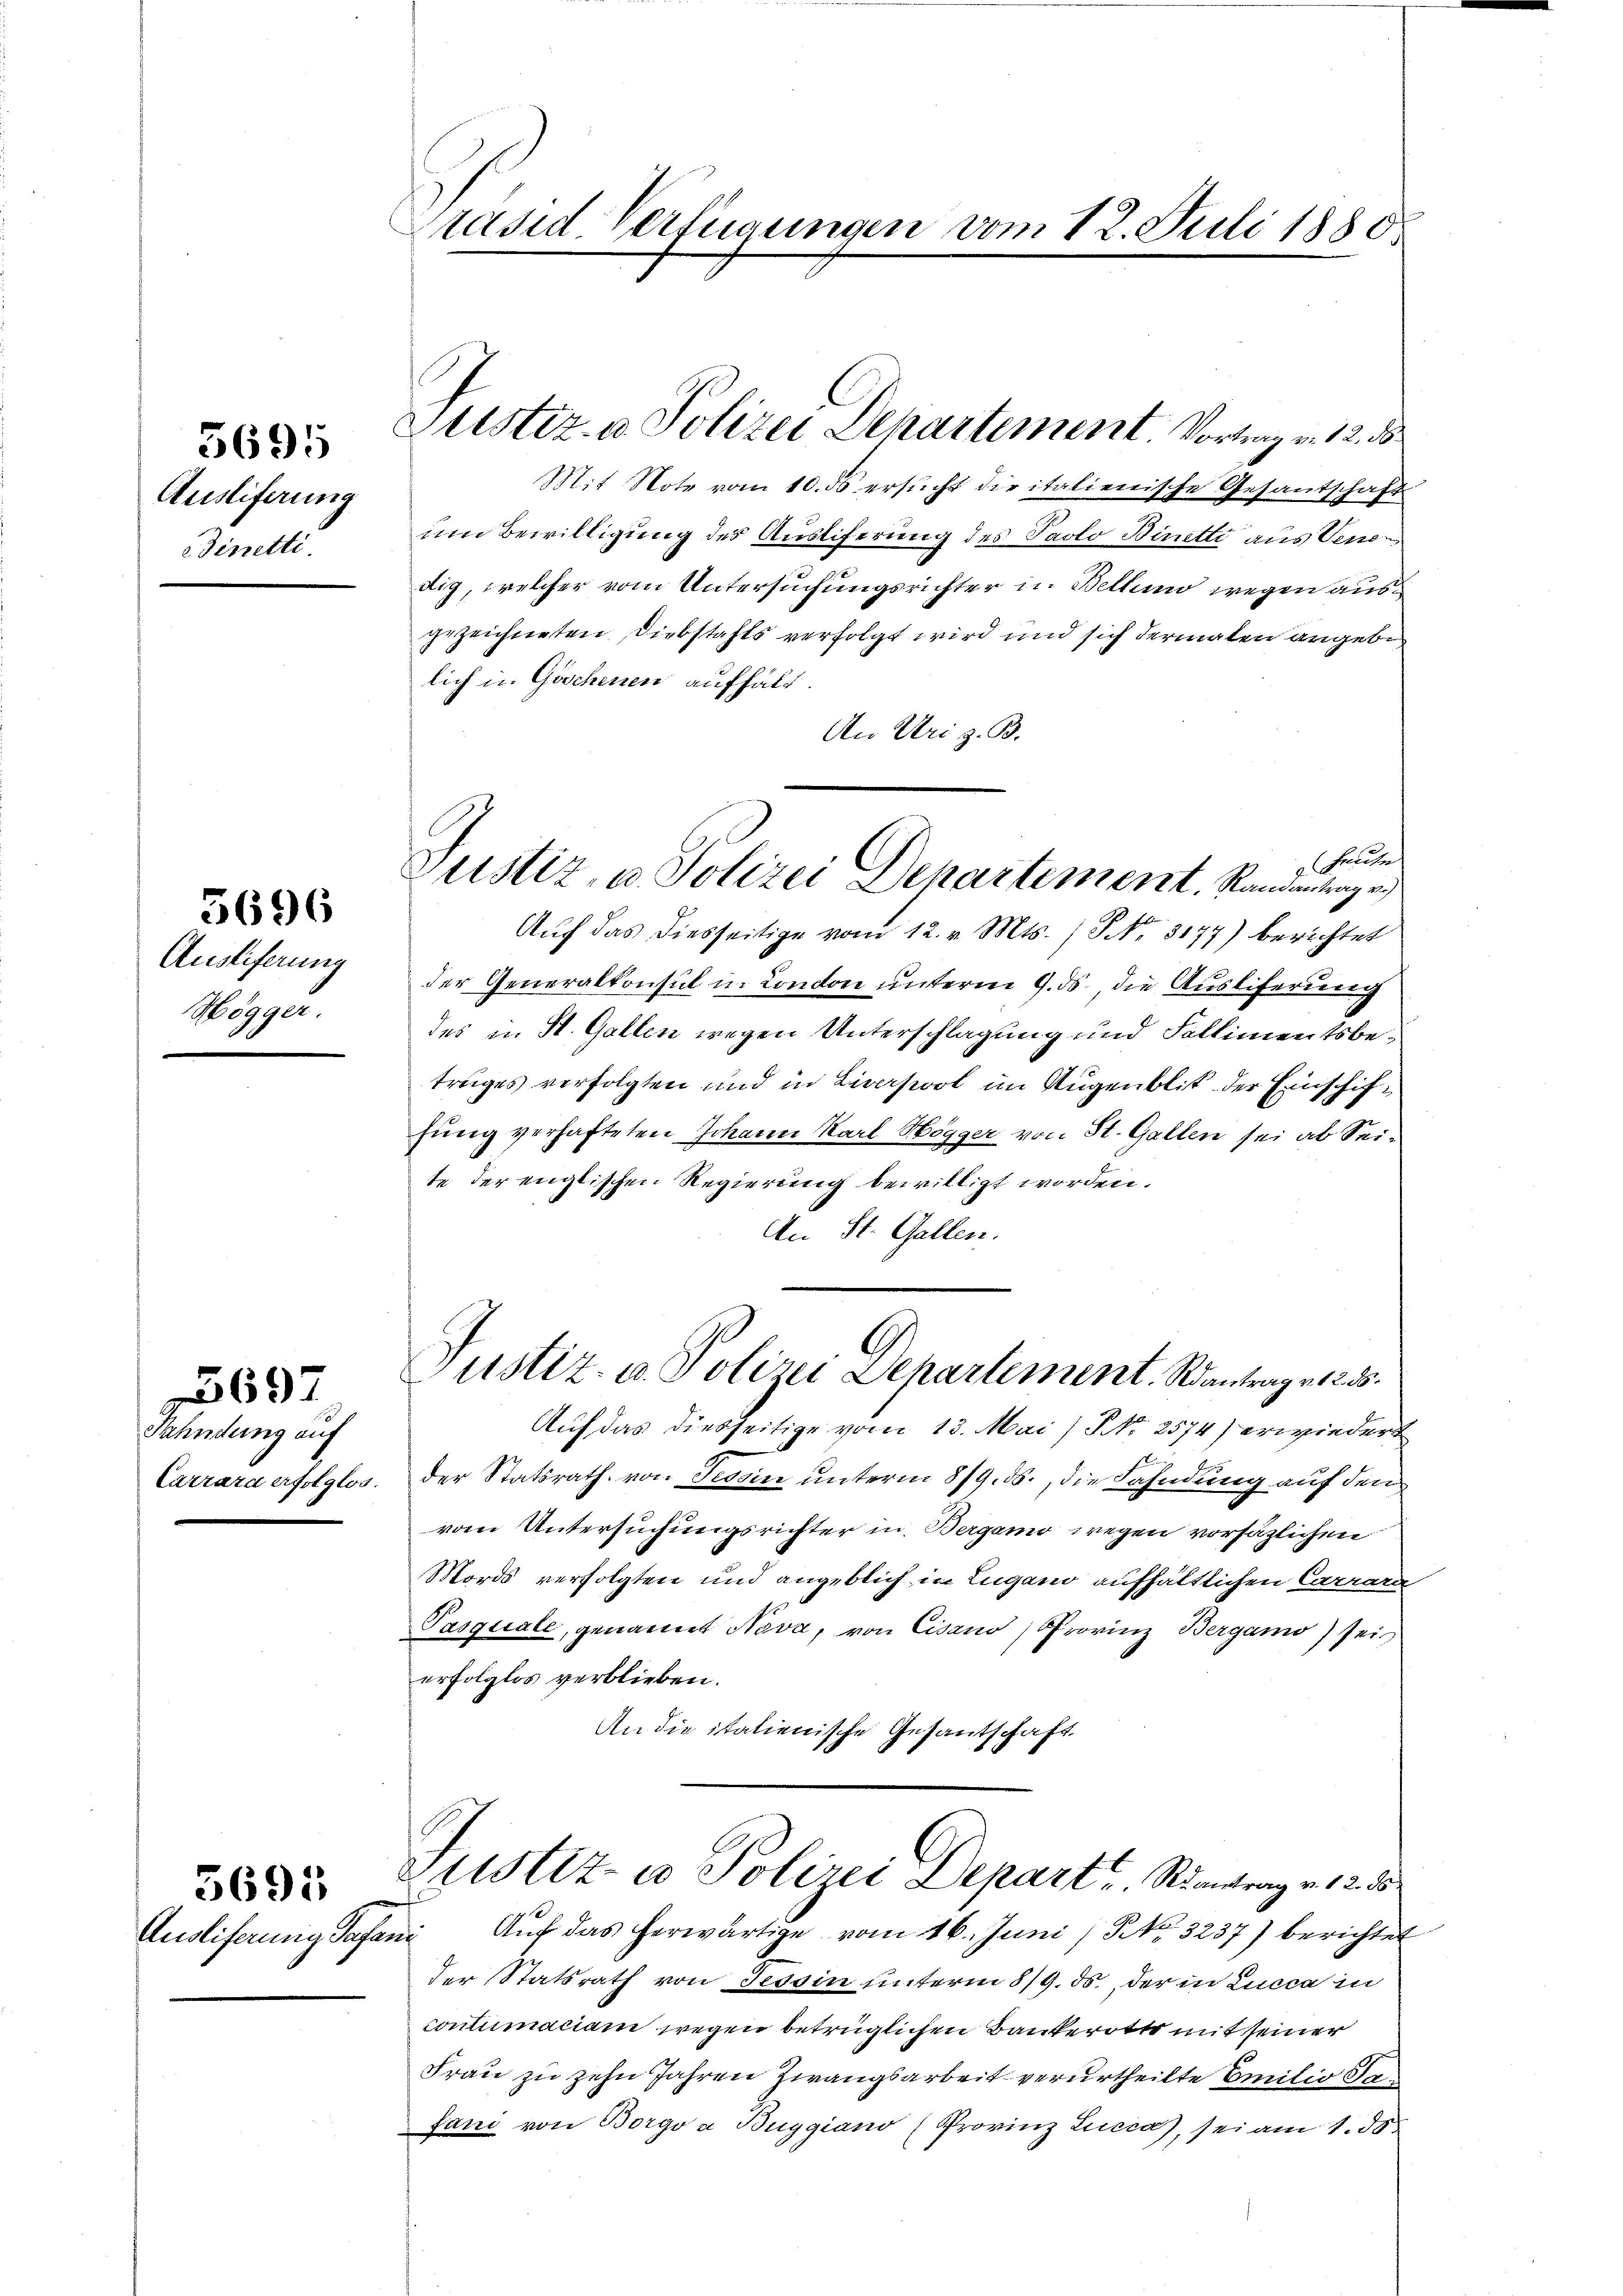
Austiferung
dinetti

5695

5696

Auslieferung
Högger

569

Tahndung auf
Carrara erfolglos.

5695

Präsid Verfügungen

Auslieferung Safan

Justiz- u. Polizei Dehartement Vortrag v. 12. ds.

Justiz, u. Polizei Departement, Randantrag v.

vom 12. Juli 1880.

Mit Note vom 10. ds ersucht die italienische Gesandschaft
um Bewilligung des Ausliferung des Paolo Binetti aus Vene
dig, welcher vom Untersuchungsrichter in Bellung wegen ausgezeichneten Diebstahls verfolgt wird und sich dermalen angebelich in Göschenen aufhält.
An Uri z. B.
heute
Aŭf das diesseitige vom 12. v. Mts. (T No. 3177) berichtet
der Generalkonsul in London unterm 9. ds. die Auslieferung
des in St. Gallen wegen Unterschlagung und Fallimentsbetruges verfolgten und in Liverpool im Augenblik der Einschiffung verhafteten Johann Karl Högger von St. Gallen sei ab Seite der englischen Regierung bewilligt worden.
An St. Gallen.
Justiz- u. Polizei Departement Rantrag es 255.
Auf das diesseitige vom 13. Mai / Nr. 2574) erwiedert
der Statsrath von Tessin unterm 8/9. ds., die Fahndung auf den
vom Untersuchungsrichter in Bergamo wegen vorsäzlichen
Mords verfolgten und angeblich in Lugano aufhältlichen Carrara
Pasquale, genannt Nava, von Cisano, Provinz Bergamo) sei
erfolglos verblieben.
An die italienische Gesantschaft.
Justiz in Polizei Depart Reantrag v. 12. 15
Auf das herwärtige vom 16. Juni / NNo. 3237) berichtet
i
der Statsrath von Tessin unterm 8/9. ds., der in Lucca in
contumaciam wegen betrüglichen Bankerotts mit seiner
Frau zu zehn Jahren Zwangsarbeit verurtheilte Emilio Sa¬
Jani von Borgo a Buggiano (Provinz Lucca, sei am 1. ds.